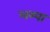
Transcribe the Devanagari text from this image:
लम्पा